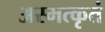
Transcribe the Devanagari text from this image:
अस्मत्कृतं